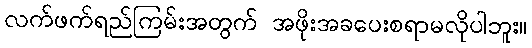
လက်ဖက်ရည်ကြမ်းအတွက် အဖိုးအခပေးစရာမလိုပါဘူး။